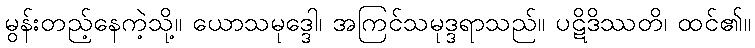
မွန်းတည့်နေကဲ့သို့။ ယောသမုဒ္ဒေါ၊ အကြင်သမုဒ္ဒရာသည်။ ပဋိဒိဿတိ၊ ထင်၏။